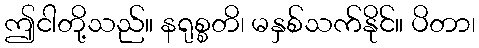
ဤငါတို့သည်။ နရုစ္စတိ၊ မနှစ်သက်နိုင်။ ပိတာ၊